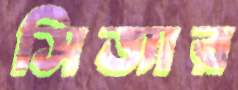
সিজার